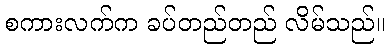
စကားလက်က ခပ်တည်တည် လိမ်သည်။